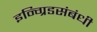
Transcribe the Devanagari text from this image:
इन्ग्रिडसंबंधी